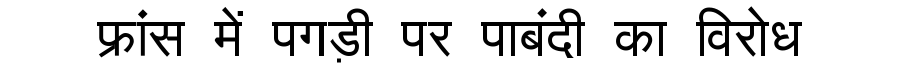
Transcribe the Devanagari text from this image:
फ्रांस में पगड़ी पर पाबंदी का विरोध